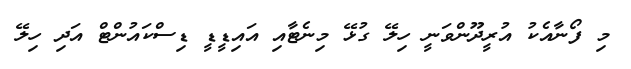
މި ފޯނާއެކު އުރީދޫންވަނީ ހިލޭ ގުޅޭ މިނެޓާއި އައިޑީޑީ ޑިސްކައުންޓް އަދި ހިލޭ